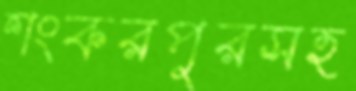
শংকরপুরসহ